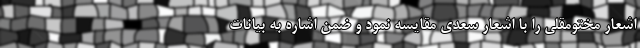
اشعار مختومقلی را با اشعار سعدی مقایسه نمود و ضمن اشاره به بیانات